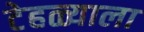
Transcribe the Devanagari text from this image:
टेहळ्याला